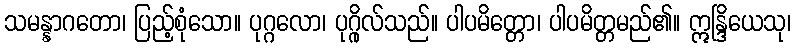
သမန္နာဂတော၊ ပြည့်စုံသော။ ပုဂ္ဂလော၊ ပုဂ္ဂိုလ်သည်။ ပါပမိတ္တော၊ ပါပမိတ္တမည်၏။ ဣန္ဒြိယေသု၊